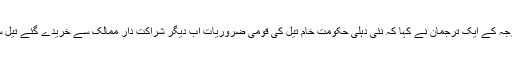
بھارتی وزارت خارجہ کے ایک ترجمان نے کہا کہ نئی دہلی حکومت خام تیل کی قومی ضروریات اب دیگر شراکت دار ممالک سے خریدے گئے تیل سے پورا کرے گی۔